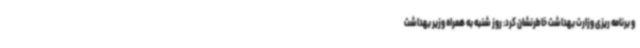
و برنامه ریزی وزارت بهداشت خاطرنشان کرد: روز شنبه به همراه وزیر بهداشت